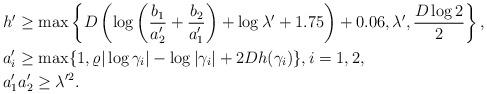
LaTeX: \begin{align*}&h' \geq \max \left\{ D\left(\log\left( \frac{b_1}{a_2'}+\frac{b_2}{a_1'}\right)+\log \lambda'+1.75\right)+0.06,\lambda',\frac{D\log 2}{2}\right\},\\& a_i'\geq \max\{1,\varrho|\log \gamma_i|-\log|\gamma_i|+2Dh(\gamma_i)\}, i=1,2,\\&a_1'a_2'\geq \lambda'^2.\end{align*}